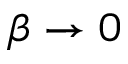
\beta \rightarrow 0